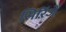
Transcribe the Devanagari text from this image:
सिरिंजें